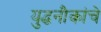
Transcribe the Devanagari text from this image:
युद्धनौकांचे